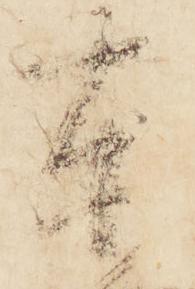
東